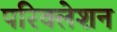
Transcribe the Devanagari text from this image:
परिक्लेशन